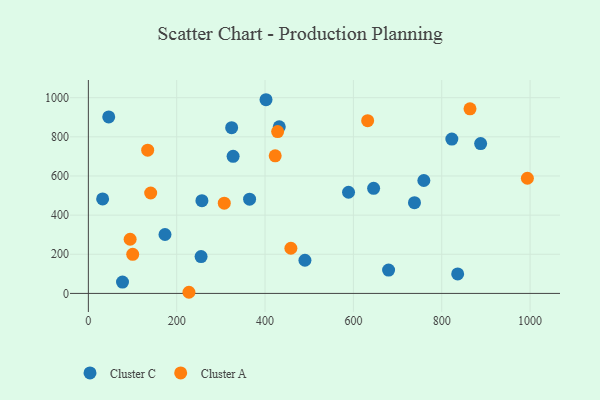
{"axis": {"x": "Distance", "y": "Profit"}, "legend": ["Cluster A", "Cluster C"], "data": [{"x": "836.1", "y": 99.8, "type": "Cluster C"}, {"x": "324.4", "y": 846.9, "type": "Cluster C"}, {"x": "46.1", "y": 901.8, "type": "Cluster C"}, {"x": "257.1", "y": 473.8, "type": "Cluster C"}, {"x": "32.3", "y": 482.7, "type": "Cluster C"}, {"x": "589.0", "y": 516.8, "type": "Cluster C"}, {"x": "432.2", "y": 850.9, "type": "Cluster C"}, {"x": "822.9", "y": 788.7, "type": "Cluster C"}, {"x": "327.7", "y": 700.3, "type": "Cluster C"}, {"x": "759.5", "y": 576.8, "type": "Cluster C"}, {"x": "77.3", "y": 58.1, "type": "Cluster C"}, {"x": "173.5", "y": 301.0, "type": "Cluster C"}, {"x": "365.0", "y": 481.6, "type": "Cluster C"}, {"x": "255.2", "y": 188.2, "type": "Cluster C"}, {"x": "738.3", "y": 463.5, "type": "Cluster C"}, {"x": "645.8", "y": 537.1, "type": "Cluster C"}, {"x": "679.7", "y": 119.2, "type": "Cluster C"}, {"x": "402.2", "y": 989.6, "type": "Cluster C"}, {"x": "490.3", "y": 169.4, "type": "Cluster C"}, {"x": "888.1", "y": 765.7, "type": "Cluster C"}, {"x": "134.3", "y": 731.8, "type": "Cluster A"}, {"x": "141.1", "y": 513.0, "type": "Cluster A"}, {"x": "458.5", "y": 230.8, "type": "Cluster A"}, {"x": "307.7", "y": 460.9, "type": "Cluster A"}, {"x": "423.0", "y": 703.0, "type": "Cluster A"}, {"x": "227.7", "y": 5.8, "type": "Cluster A"}, {"x": "94.6", "y": 276.8, "type": "Cluster A"}, {"x": "100.4", "y": 199.5, "type": "Cluster A"}, {"x": "864.0", "y": 943.2, "type": "Cluster A"}, {"x": "632.3", "y": 882.5, "type": "Cluster A"}, {"x": "428.5", "y": 827.1, "type": "Cluster A"}, {"x": "993.9", "y": 588.3, "type": "Cluster A"}]}